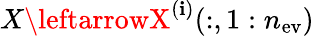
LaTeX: X\leftarrowX^{(\mathbf{i})}(:,1:n_{\mathrm{{ev}}})